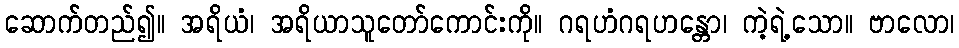
ဆောက်တည်၍။ အရိယံ၊ အရိယာသူတော်ကောင်းကို။ ဂရဟံဂရဟန္တော၊ ကဲ့ရဲ့သော။ ဗာလော၊